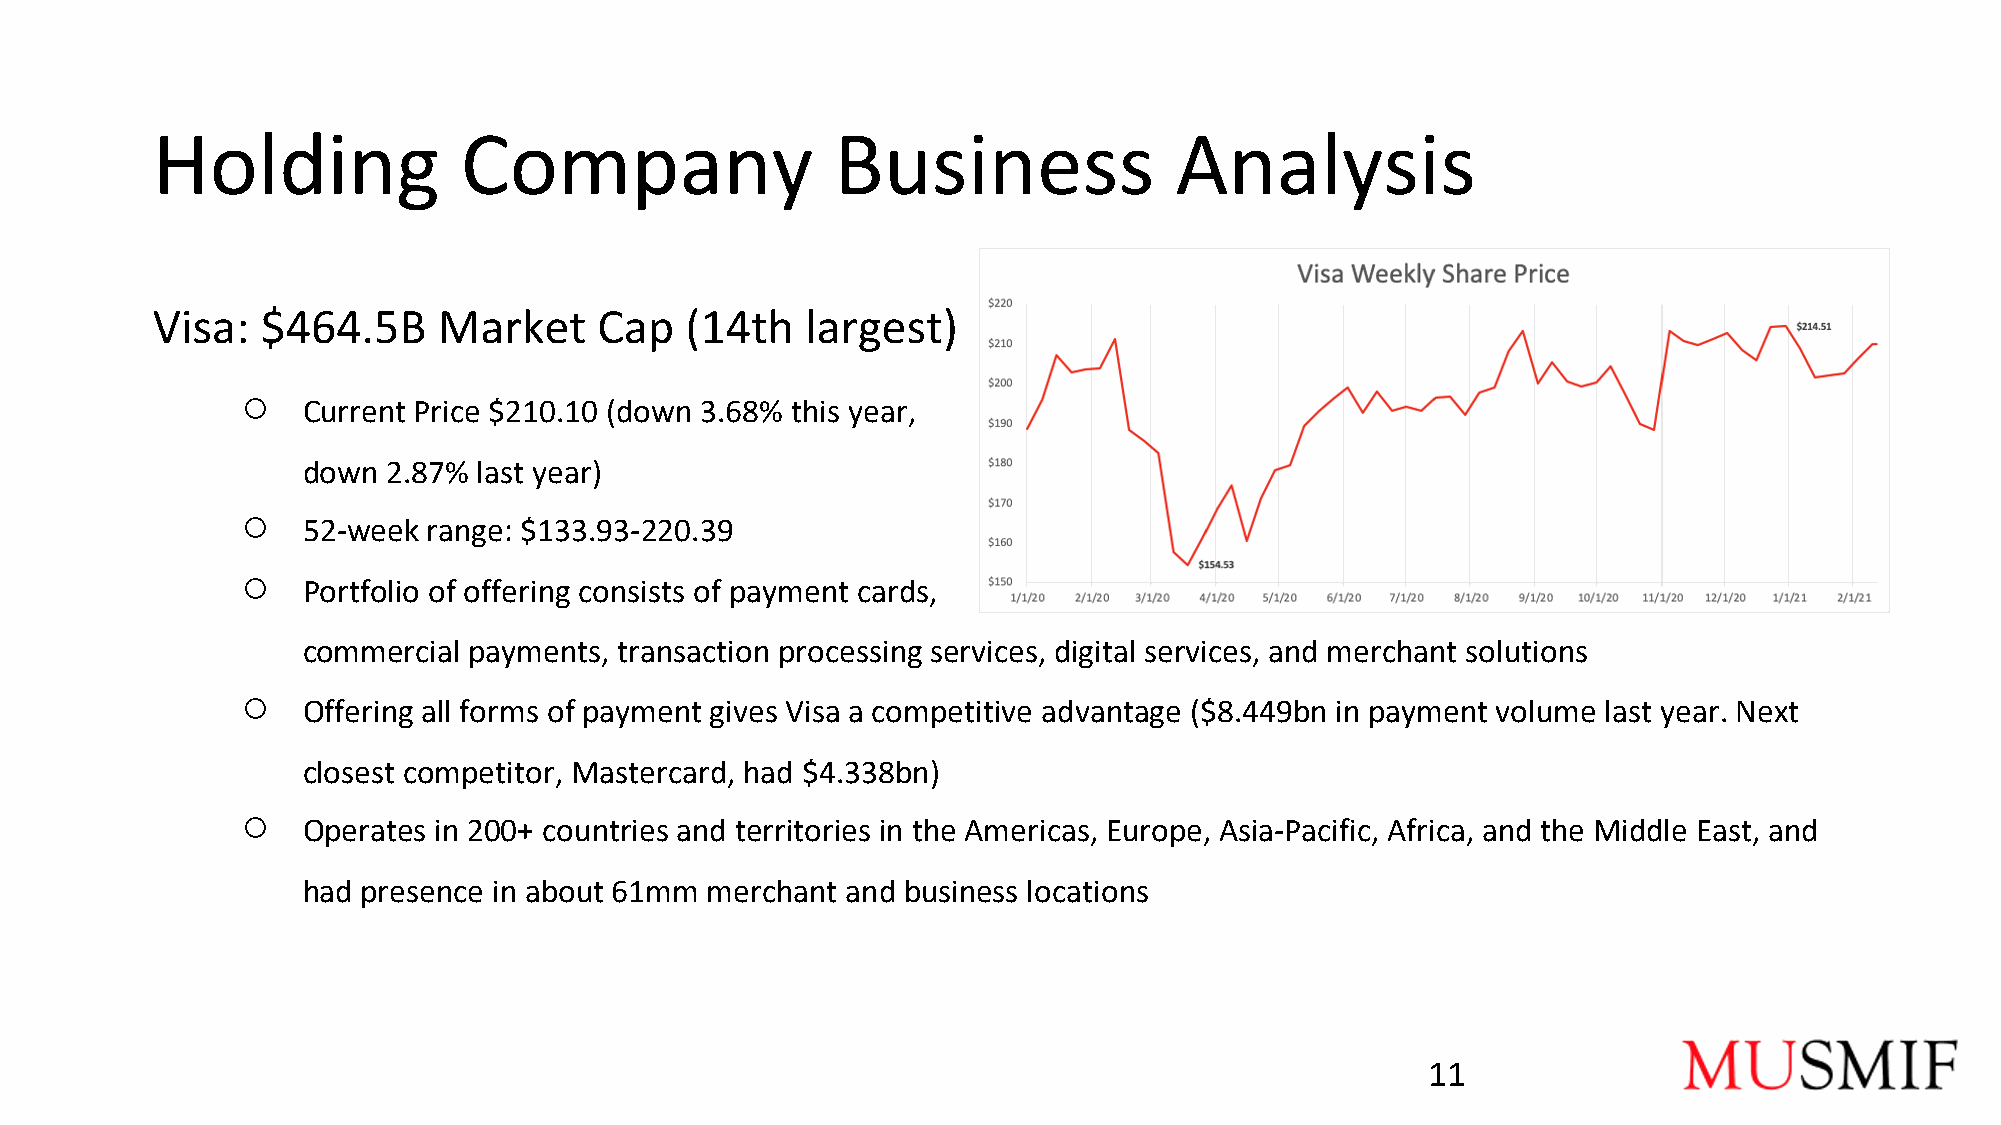
Holding             Company                  Business               Analysis
 Visa:  $464.5B     Market     Cap  (14th   largest)
 ○
 Current Price $210.10 (down 3.68% this year,
 down  2.87% last year)
 ○
 52-week range: $133.93-220.39
 ○
 Portfolio of offering consists of payment cards,
 commercial payments, transaction processing services, digital services, and merchant solutions
 ○
 Offering all forms of payment gives Visa a competitive advantage ($8.449bn in payment volume last year. Next
 closest competitor, Mastercard, had $4.338bn)
 ○
 Operates in 200+ countries and territories in the Americas, Europe, Asia-Pacific, Africa, and the Middle East, and
 had presence in about 61mm merchant and business locations
 11